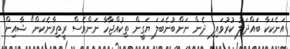
އަނެކަކާ ބައްދަލު ކުރުވައިފި ދެން ނަންބުނެބަލަ ޔަގީން ތިކުއްޖާހާ ނަންވެސް ރީތިވާނެކަން" ޝާއިން